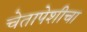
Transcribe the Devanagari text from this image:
चेतापेशीचा